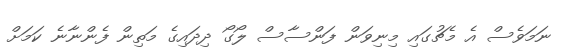
ނަމަވެސް އެ މެޗުގައި މިނިވަން ފަންސާސް ލޯގޯ ދިދައިގެ މަތިން ފެންނާނެ ކަމަށް